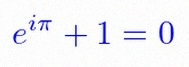
e^{i\pi}+1=0